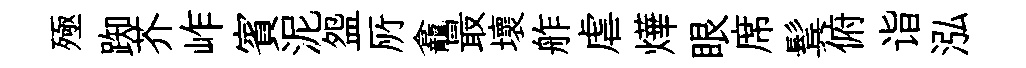
殛踟芥岞賓泥盌𠩄龕最壞舴虐燁眼席鬂俯诣泓